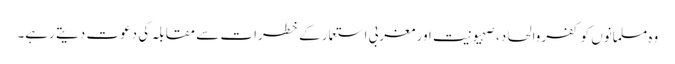
وہ مسلمانوں کو کفروالحاد، صہیونیت اور مغربی استعمار کے خطرات سے مقابلہ کی دعوت دیتے رہے۔